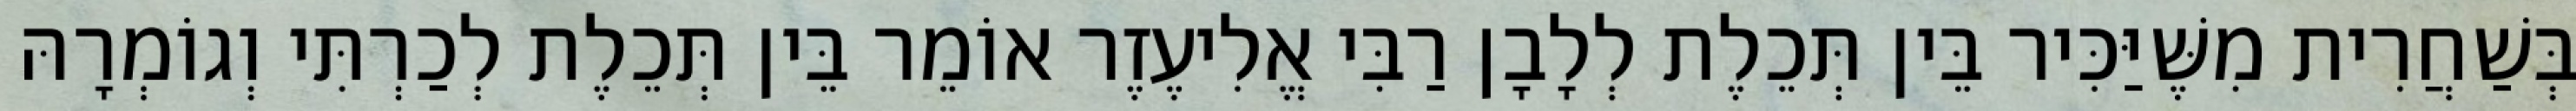
בְּשַׁחֲרִית מִשֶּׁיַּכִּיר בֵּין תְּכֵלֶת לְלָבָן רַבִּי אֱלִיעֶזֶר אוֹמֵר בֵּין תְּכֵלֶת לְכַרְתִּי וְגוֹמְרָהּ